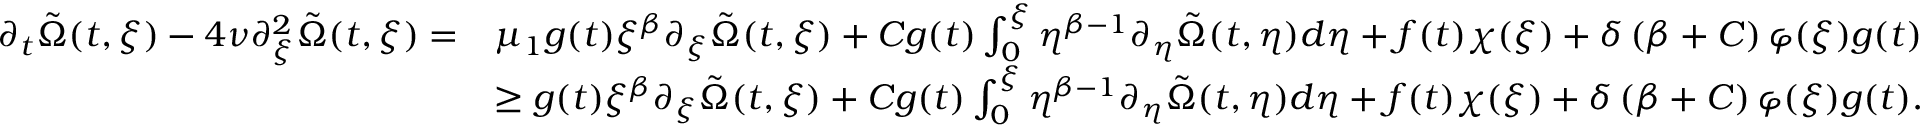
\begin{array} { r l } { \partial _ { t } \tilde { \Omega } ( t , \xi ) - 4 \nu \partial _ { \xi } ^ { 2 } \tilde { \Omega } ( t , \xi ) = } & { \mu _ { 1 } g ( t ) \xi ^ { \beta } \partial _ { \xi } \tilde { \Omega } ( t , \xi ) + C g ( t ) \int _ { 0 } ^ { \xi } \eta ^ { \beta - 1 } \partial _ { \eta } \tilde { \Omega } ( t , \eta ) d \eta + f ( t ) \chi ( \xi ) + \delta \left( \beta + C \right) \varphi ( \xi ) g ( t ) } \\ & { \geq g ( t ) \xi ^ { \beta } \partial _ { \xi } \tilde { \Omega } ( t , \xi ) + C g ( t ) \int _ { 0 } ^ { \xi } \eta ^ { \beta - 1 } \partial _ { \eta } \tilde { \Omega } ( t , \eta ) d \eta + f ( t ) \chi ( \xi ) + \delta \left( \beta + C \right) \varphi ( \xi ) g ( t ) . } \end{array}